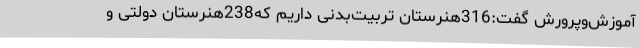
آموزش‌وپرورش گفت:316هنرستان تربیت‌بدنی داریم که238هنرستان دولتی و